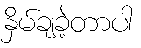
နှိမ်ချခဲ့တာပါ